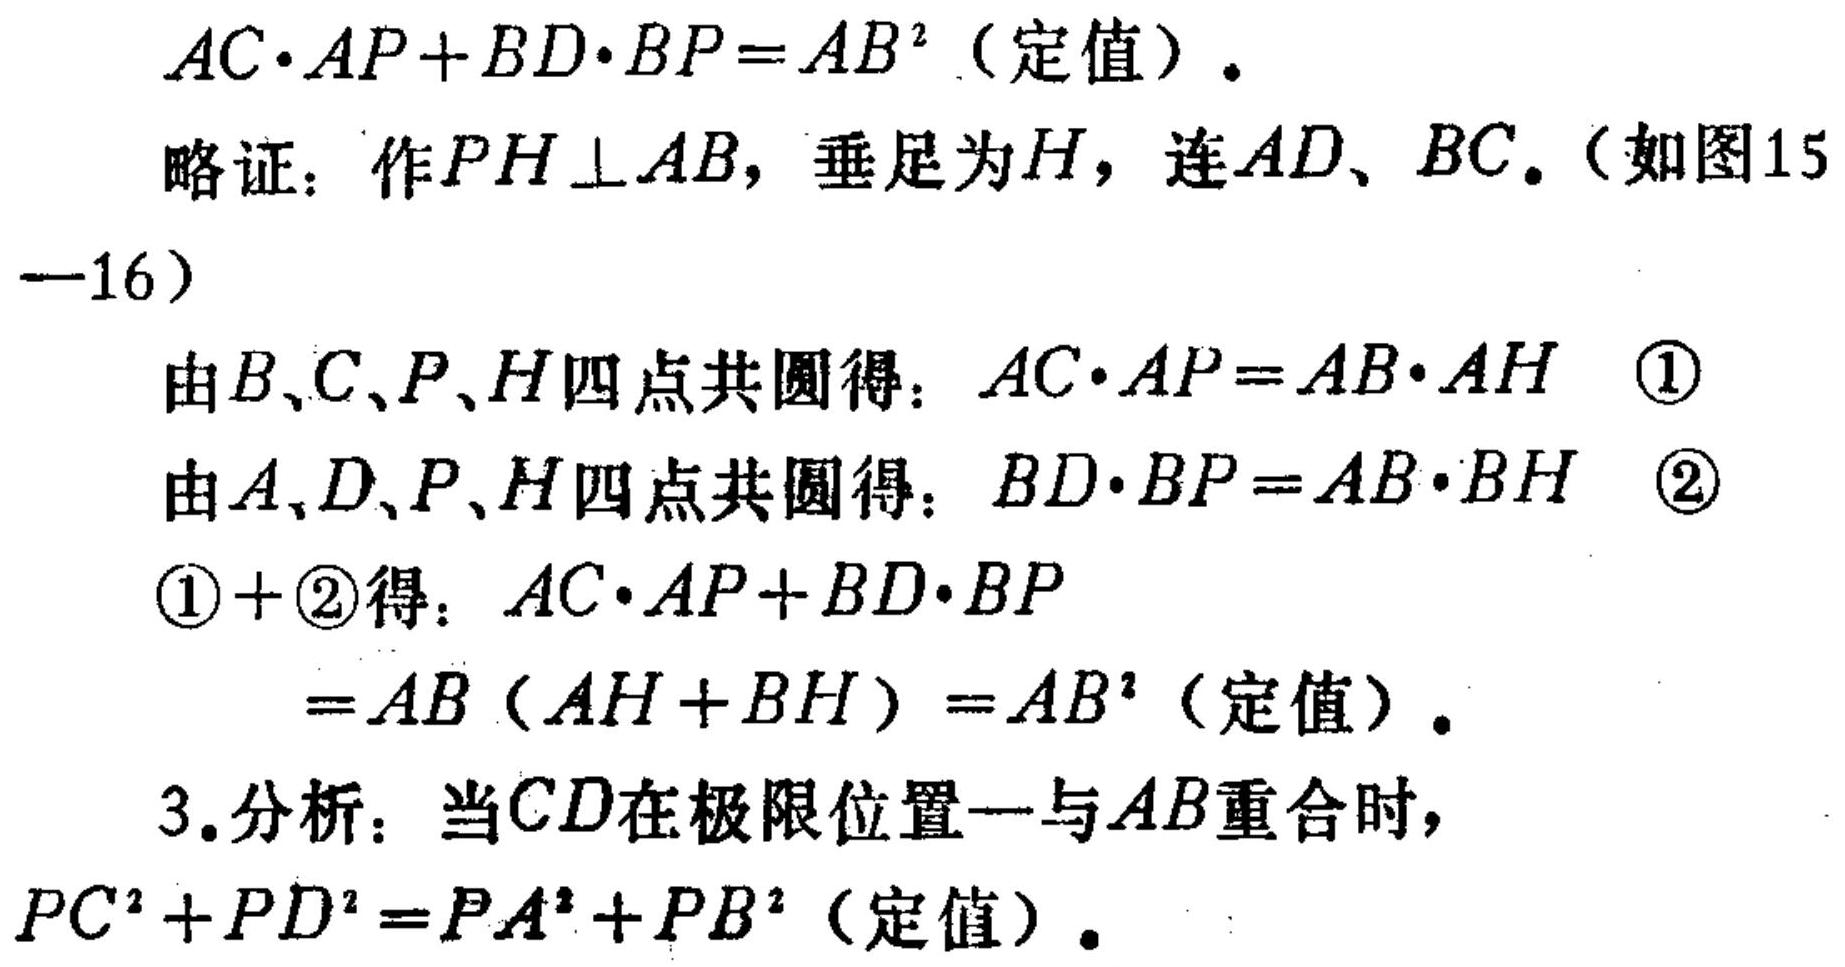
\(AC\cdot AP + BD\cdot BP=AB^{2}\)（定值）.
略证：作\(PH\perp AB\)，垂足为\(H\)，连\(AD\)、\(BC\)。（如图15—16）
由\(B、C、P、H\)四点共圆得：\(AC\cdot AP = AB\cdot AH\) \textcircled{1}
由\(A、D、P、H\)四点共圆得：\(BD\cdot BP = AB\cdot BH\) \textcircled{2}
\textcircled{1} + \textcircled{2}得：\(AC\cdot AP + BD\cdot BP\)
\(=AB(AH + BH)=AB^{2}\)（定值）.
3.分析：当\(CD\)在极限位置—与\(AB\)重合时，\(PC^{2}+PD^{2}=PA^{2}+PB^{2}\)（定值）.